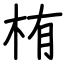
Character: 栯